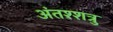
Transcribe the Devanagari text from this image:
अंतश्शत्रु